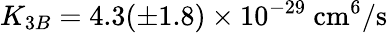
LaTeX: K_{3B}=4.3(\pm 1.8)\times 10^{-29}\mathrm{~cm}^{6}/\mathrm{s}